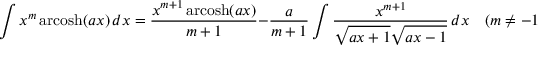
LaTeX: \int x ^ { m } \operatorname { a r c o s h } ( a x ) \, d x = { \frac { x ^ { m + 1 } \operatorname { a r c o s h } ( a x ) } { m + 1 } } - { \frac { a } { m + 1 } } \int { \frac { x ^ { m + 1 } } { { \sqrt { a x + 1 } } { \sqrt { a x - 1 } } } } \, d x \quad ( m \neq - 1 )